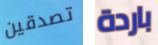
تصدقين باردة